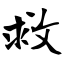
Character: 救